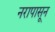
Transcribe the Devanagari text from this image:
नरापासून